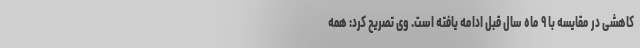
کاهشی در مقایسه با ۹ ماه سال قبل ادامه یافته است. وی تصریح کرد: همه